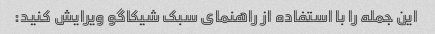
این جمله را با استفاده از راهنمای سبک شیکاگو ویرایش کنید: